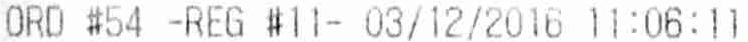
ORD #54 -REG #11- 03/12/2016 11:06:11